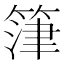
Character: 𮵷